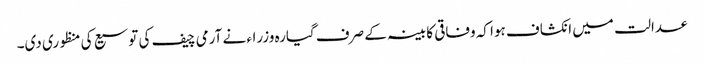
عدالت میں انکشاف ہوا کہ وفاقی کابینہ کے صرف گیارہ وزراء نے آرمی چیف کی توسیع کی منظوری دی۔